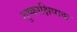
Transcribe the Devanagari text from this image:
शुष्काक्षिपाक